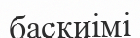
баскиімі